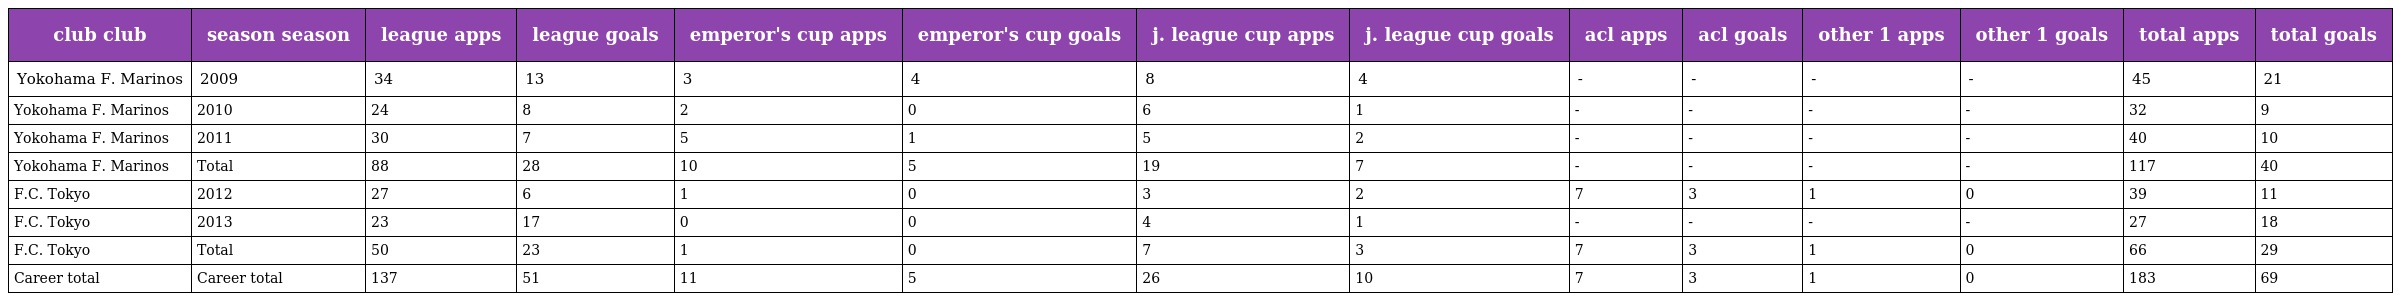
| club club | season season | league apps | league goals | emperor's cup apps | emperor's cup goals | j. league cup apps | j. league cup goals | acl apps | acl goals | other 1 apps | other 1 goals | total apps | total goals |
 | --- | --- | --- | --- | --- | --- | --- | --- | --- | --- | --- | --- | --- | --- |
 | Yokohama F. Marinos | 2009 | 34 | 13 | 3 | 4 | 8 | 4 | - | - | - | - | 45 | 21 |
 | Yokohama F. Marinos | 2010 | 24 | 8 | 2 | 0 | 6 | 1 | - | - | - | - | 32 | 9 |
 | Yokohama F. Marinos | 2011 | 30 | 7 | 5 | 1 | 5 | 2 | - | - | - | - | 40 | 10 |
 | Yokohama F. Marinos | Total | 88 | 28 | 10 | 5 | 19 | 7 | - | - | - | - | 117 | 40 |
 | F.C. Tokyo | 2012 | 27 | 6 | 1 | 0 | 3 | 2 | 7 | 3 | 1 | 0 | 39 | 11 |
 | F.C. Tokyo | 2013 | 23 | 17 | 0 | 0 | 4 | 1 | - | - | - | - | 27 | 18 |
 | F.C. Tokyo | Total | 50 | 23 | 1 | 0 | 7 | 3 | 7 | 3 | 1 | 0 | 66 | 29 |
 | Career total | Career total | 137 | 51 | 11 | 5 | 26 | 10 | 7 | 3 | 1 | 0 | 183 | 69 |